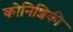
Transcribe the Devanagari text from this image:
कोनिशिकी